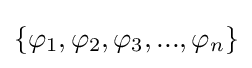
\{\varphi _{1},\varphi _{2},\varphi _{3},...,\varphi _{n}\}